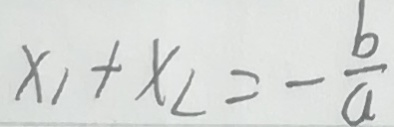
x _ { 1 } + x _ { 2 } = - \frac { b } { a }